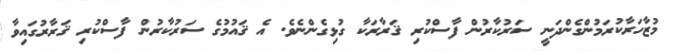
މުޒާހަރާކުރަމުންގެންދަނީ ސަރުކާރުން ފާސްކުރި ޤަރާރަކާ ގުޅިގެންނެވެ. އެ ޤައުމުގެ ސަރުކާރުން ފާސްކުރި ޤަރާރުގައިވާ